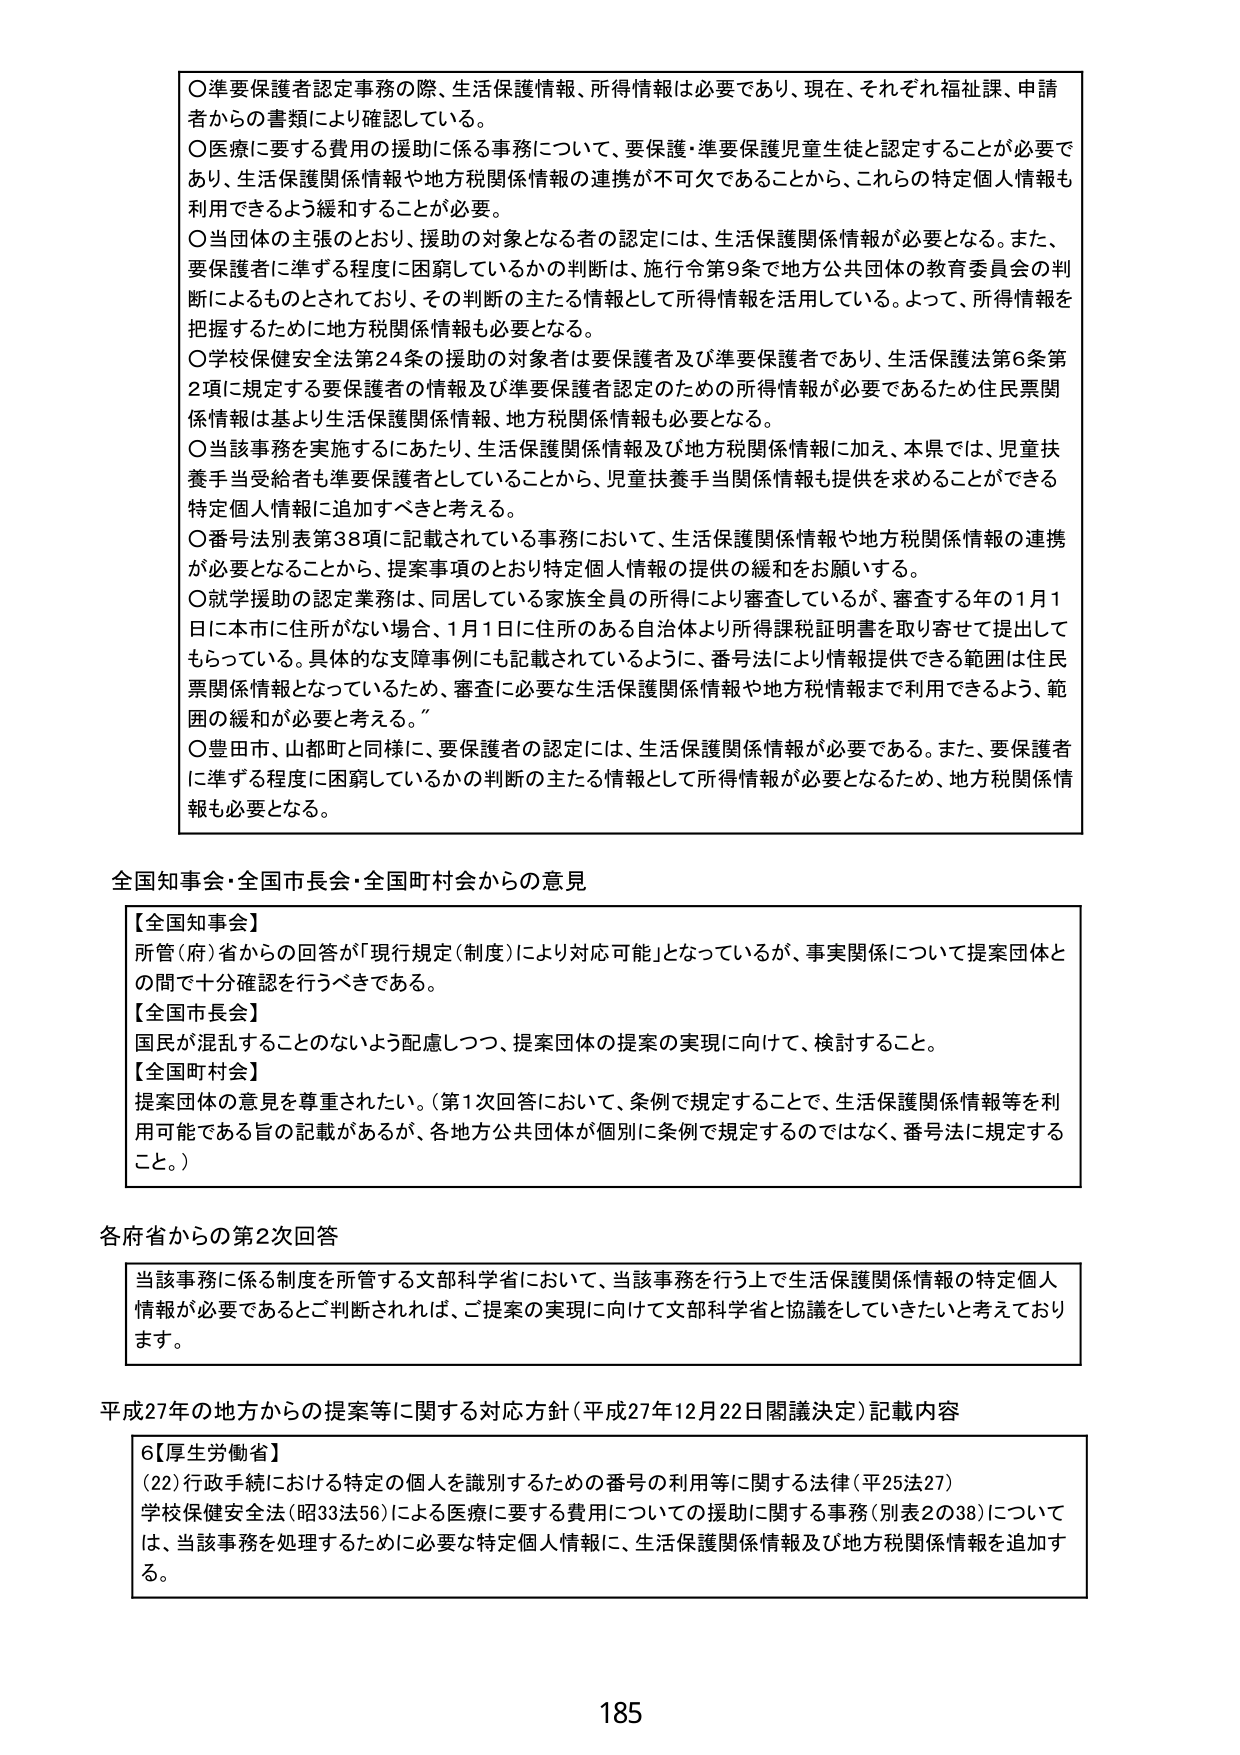
○準要保護者認定事務の際、生活保護情報、所得情報は必要であり、現在、それぞれ福祉課、申請者からの書類により確認している。
○医療に要する費用の援助に係る事務について、要保護・準要保護児童生徒と認定することが必要であり、生活保護関係情報や地方税関係情報の連携が不可欠であることから、これらの特定個人情報も利用できるよう緩和することが必要。
○当団体の主張のとおり、援助の対象となる者の認定には、生活保護関係情報が必要となる。また、要保護者に準ずる程度に困窮しているかの判断は、施行令第9条で地方公共団体の教育委員会の判断によるものとされており、その判断の主たる情報として所得情報を活用している。よって、所得情報を把握するために地方税関係情報も必要となる。
○学校保健安全法第24条の援助の対象者は要保護者及び準要保護者であり、生活保護法第6条第2項に規定する要保護者の情報及び準要保護者認定のための所得情報が必要であるため住民票関係情報は基より生活保護関係情報、地方税関係情報も必要となる。
○当該事務を実施するにあたり、生活保護関係情報及び地方税関係情報に加え、本県では、児童扶養手当受給者も準要保護者としていることから、児童扶養手当関係情報も提供を求めることができる特定個人情報に追加すべきと考える。
○番号法別表第38項に記載されている事務において、生活保護関係情報や地方税関係情報の連携が必要となることから、提案事項のとおり特定個人情報の提供の緩和をお願いする。
○就学援助の認定業務は、同居している家族全員の所得により審査しているが、審査する年の1月1日に本市に住所がない場合、1月1日に住所のある自治体より所得課税証明書を取り寄せて提出してもらっている。具体的な支障事例にも記載されているように、番号法により情報提供できる範囲は住民票関係情報となっているため、審査に必要な生活保護関係情報や地方税情報まで利用できるよう、範囲の緩和が必要と考える。
○豊田市、山都町と同様に、要保護者の認定には、生活保護関係情報が必要である。また、要保護者に準ずる程度に困窮しているかの判断の主たる情報として所得情報が必要となるため、地方税関係情報も必要となる。

全国知事会・全国市長会・全国町村会からの意見

【全国知事会】
所管（府）省からの回答が「現行規定（制度）により対応可能」となっているが、事実関係について提案団体との間で十分確認を行うべきである。
【全国市長会】
国民が混乱することのないよう配慮しつつ、提案団体の提案の実現に向けて、検討すること。
【全国町村会】
提案団体の意見を尊重されたい。（第1次回答において、条例で規定することで、生活保護関係情報等を利用可能である旨の記載があるが、各地方公共団体が個別に条例で規定するのではなく、番号法に規定すること。）

各府省からの第2次回答

当該事務に係る制度を所管する文部科学省において、当該事務を行う上で生活保護関係情報の特定個人情報が必要であるとご判断されれば、ご提案の実現に向けて文部科学省と協議をしていきたいと考えております。

平成27年の地方からの提案等に関する対応方針（平成27年12月22日閣議決定）記載内容

6【厚生労働省】
（22）行政手続における特定の個人を識別するための番号の利用等に関する法律（平25法27）
学校保健安全法（昭33法56）による医療に要する費用についての援助に関する事務（別表2の38）については、当該事務を処理するために必要な特定個人情報に、生活保護関係情報及び地方税関係情報を追加する。

185